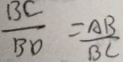
\frac { B C } { B O } = \frac { A B } { B C }